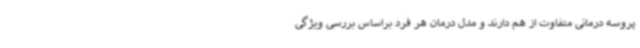
پروسه درمانی متفاوت از هم دارند و مدل درمان هر فرد براساس بررسی ویژگی